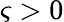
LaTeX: \varsigma>0